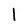
Character: l